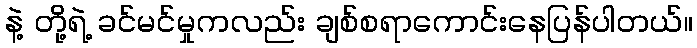
နဲ့ တို့ရဲ့ ခင်မင်မှုကလည်း ချစ်စရာကောင်းနေပြန်ပါတယ်။